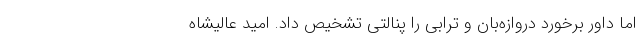
اما داور برخورد دروازه‌بان و ترابی را پنالتی تشخیص داد. امید عالیشاه